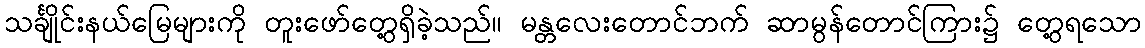
သင်္ချိုင်းနယ်မြေများကို တူးဖော်တွေ့ရှိခဲ့သည်။ မန္တလေးတောင်ဘက် ဆာမွန်တောင်ကြား၌ တွေ့ရသော